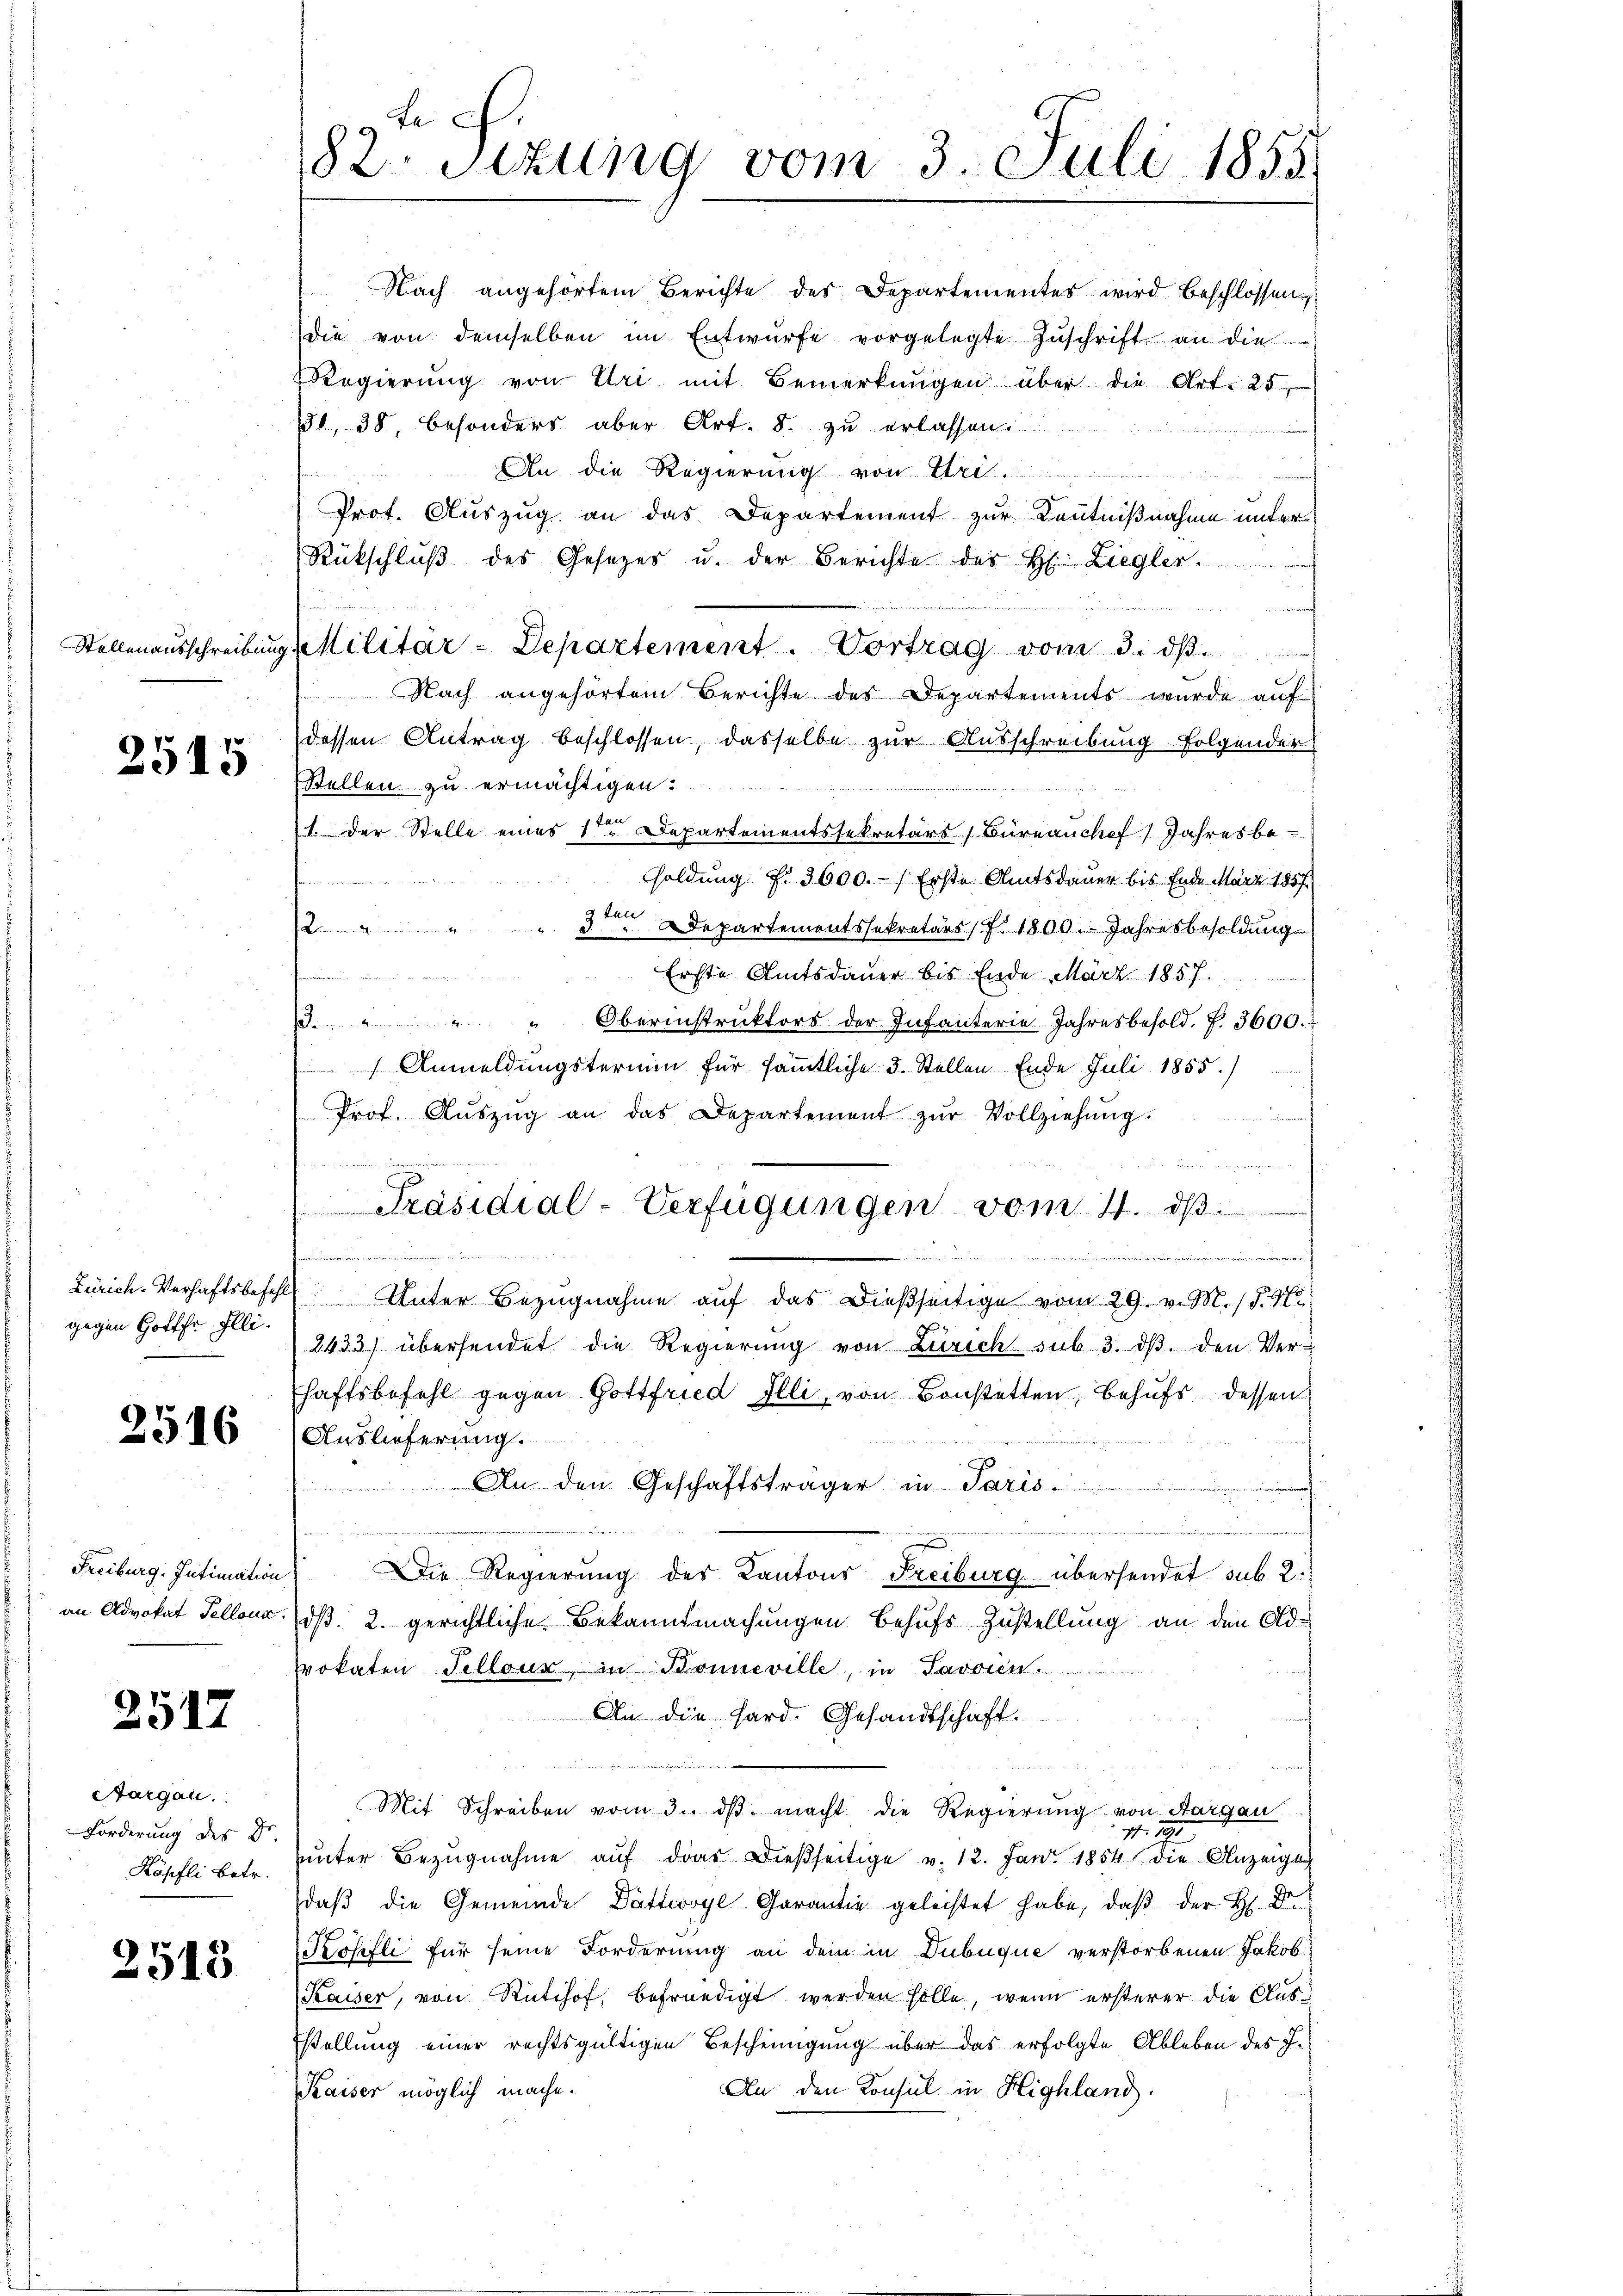
82. Sizung vom 3. Juli 1855.

Nach angehörtem Berichte des Departementes wird beschlossen
die von demselben im Entwürfe vorgelegte Zŭschrift an die
Regierŭng von Uri mit Bemerkungen über die Art. 25
131, 38, besonders aber Art. 8. zu erlassen.
An die Regierung von Uri,
Prot. Auszug an das Departement zur Kenntnißnahme unter
Rückschlŭβ des Gesetzer u. der Berichte des H. Liegler-
Stellenausschreibung Militär - Departement. Vortrag vom 3. ds.
Nach angehörtem Berichte des Departements wurde aŭf
dessen Antrag beschlossen, dasselbe zur Ausschreibung folgender
Stellen zu ermächtigen.
1. Der Stelle eines 1ten Departementssekretärs / Büreauchef Jahresbe-
Goldung §. 3600.) Erste Amtsdauer bis Ende März 1857.
2 " " " 3. Departementssekretärs, f. 1800. Jahresbesoldung
Erste Amtsdauer bis Ende März 1857.

d. " " " Oberinstrŭktors der Infanterie Jahresbesold. f. 3600.
 Anmeldungstermin für sämmtliche 3. Stellen Ende Juli 1855.)
Prof. Aŭszŭg an das Departement zŭr Vollziehŭng.
umm
Präsidial-Verfügungen vom 11. dβ.
e
Bienerer verner einen die

Zürich. Verhaftsbefehl Unter Bezugnahme auf das dießseitige vom 29. v. M. (§. 9.
2433. übersendet die Regierŭng von Zürich sub 3. dβ. den Ver-
haftsbefehl gegen Gottfried Illi, von Bonstetten, Behufs dessen
Auslieferung.
An den Geschäftsträger in Paris
u

Die Regierung des Kantons Freiburg übersendet sub. 2.
an Advokat Pellons, d. 2. gerichtliche Bekanntmachungen behufs Zustellung an den Advokaten Tellour, in Sonneville, in Savoien
An die Hard. Gesandtschaft.
Mit Schreiben vom 3. dβ macht die Regierung von Aargau
47
uunter Bezugnahme auf das dießseitige v. 12. Jan. 1854 die Anzeigt
daβ die Gemeinde Dättwogl-Garantie geleistet habe, daβ der H. Dr.
Röhefli für seine Forderung an dem in Dubuque verstorbenen Jakob
Kaiser, von Rütihof, befriedigt werden solle, wenn ersterer die Aus¬
Estellung einer rechtsgültigen Bescheinigung über das erfolgte Ableben des I¬
An den Konsul in Highland.
Kaiser möglich mache.

2515

gegen Gottfr. Illi¬

2516

Freiburg. Intimation

2517

Aargau.
Forderung des Dr.
Köpfli betr.

2513